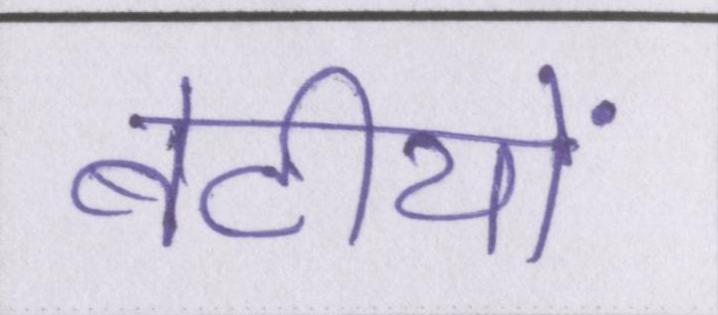
बेटीयों